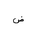
Letter: _dad